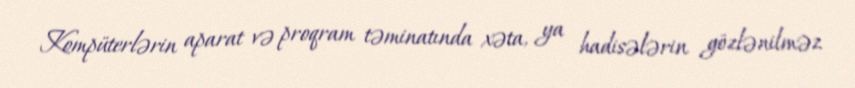
Kompüterlərin aparat və proqram təminatında xəta, ya hadisələrin gözlənilməz